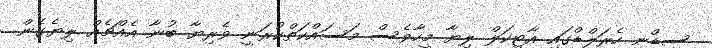
ސިޑްނީ ހެރަލްޑްގައި އާޓިކަލް ލިޔާ މީހާވެސް މަސައްކަތްކުރަނީ ވެރިޔާ ބުނާ އެއްޗެއް ލިޔެގެން